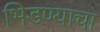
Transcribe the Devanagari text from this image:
भिडण्याचा